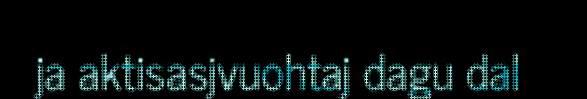
ja aktisasjvuohtaj dagu dal